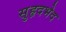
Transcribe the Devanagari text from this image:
सुहृदभेद